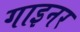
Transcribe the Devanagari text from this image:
गाइनर